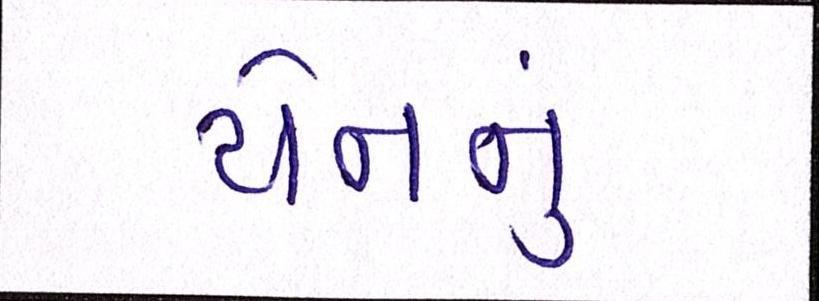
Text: યેનનું